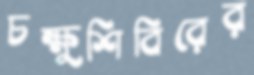
চক্ষুশিবিরের